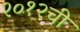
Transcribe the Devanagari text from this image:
२०१२ची